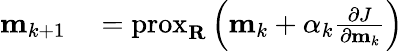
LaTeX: \begin{array}{rl}{\mathbf{m}_{k+1}}&{{}=\operatorname{prox}_{\mathbf{R}}\left(\mathbf{m}_{k}+\alpha_{k}\frac{\partial J}{\partial\mathbf{m}_{k}}\right)}\end{array}